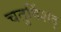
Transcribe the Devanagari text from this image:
चतुविंशद्